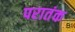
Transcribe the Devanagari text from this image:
परातंक